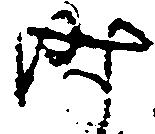
時